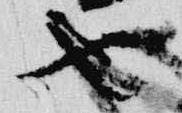
也